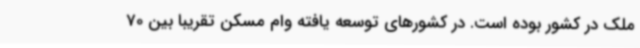
ملک در کشور بوده است. در کشورهای توسعه یافته وام مسکن تقریبا بین 70